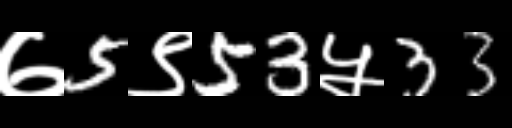
Text: ७5९53५33